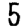
Digit: 5